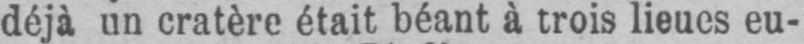
déjà un cratère était béant à trois lieues eu-